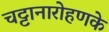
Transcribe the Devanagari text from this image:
चट्टानारोहणके